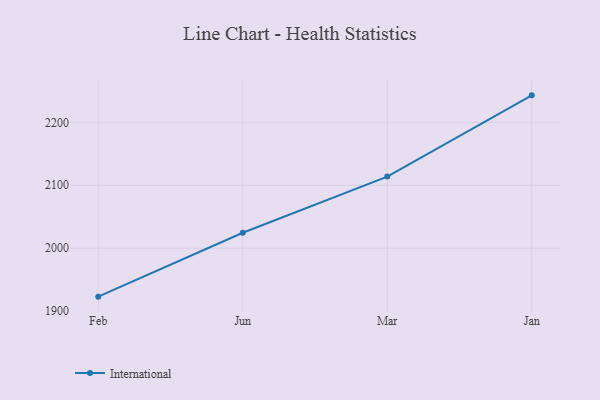
{"axis": {"x": "Month", "y": "Population (Million)"}, "legend": ["International"], "data": [{"x": "Feb", "y": 1923.2, "type": "International"}, {"x": "Jun", "y": 2024.6, "type": "International"}, {"x": "Mar", "y": 2113.8, "type": "International"}, {"x": "Jan", "y": 2242.8, "type": "International"}]}